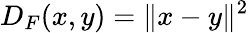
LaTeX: D_{F}(x,y)=\| x-y\| ^{2}